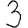
Digit: 3